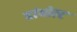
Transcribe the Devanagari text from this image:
हांबोल्ट